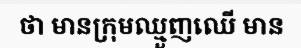
ថា មានក្រុមឈ្មួញឈើ មាន